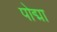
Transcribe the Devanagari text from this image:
पोद्मा